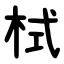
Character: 栻